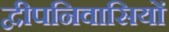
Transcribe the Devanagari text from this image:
द्वीपनिवासियों